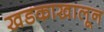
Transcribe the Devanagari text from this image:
खडकाखालून